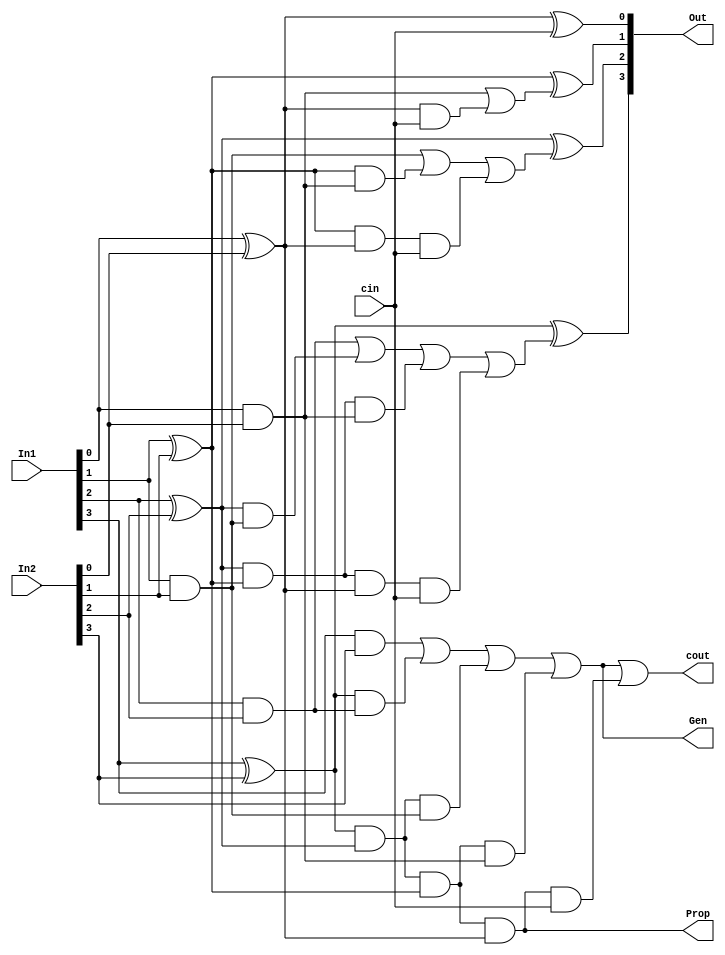
module CLA_4bit(input [3:0] In1, input [3:0] In2, input cin, output [3:0] Out, output Prop, output Gen, output cout);
    	wire g0, g1, g2, g3, p0, p1, p2, p3, c0, c1, c2, c3;
	
	//Generate
	and a0(g0, In1[0], In2[0]);
	and a1(g1, In1[1], In2[1]);
	and a2(g2, In1[2], In2[2]);
	and a3(g3, In1[3], In2[3]);

	//Propagate
	xor x0(p0, In1[0], In2[0]);
	xor x1(p1, In1[1], In2[1]);
	xor x2(p2, In1[2], In2[2]);
	xor x3(p3, In1[3], In2[3]);

    	assign c0 = cin;
  	assign c1 = g0 | (p0 & c0);
    	assign c2 = g1 | (p1 & g0) | (p1 & p0 & c0);
   	assign c3 = g2 | (p2 & g1) | (p2 & p1 & g0) | (p2 & p1 & p0 & c0);
  	assign cout = g3 | (p3 & g2) | (p3 & p2 & g1) | (p3 & p2 & p1 & g0) |(p3 & p2 & p1 & p0 & c0);
   	
	//Calculate sum
	xor sum_x0(Out[0], p0, c0);
	xor sum_x1(Out[1], p1, c1);
	xor sum_x2(Out[2], p2, c2);
	xor sum_x3(Out[3], p3, c3);
    
	//4bit Propagate
    	assign Prop = p3 & p2 & p1 & p0;
	//4bit Gen
    	assign Gen = g3 | (p3 & g2) | (p3 & p2 & g1) | (p3 & p2 & p1 & g0);

endmodule